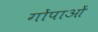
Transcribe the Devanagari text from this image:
गोंपाओं